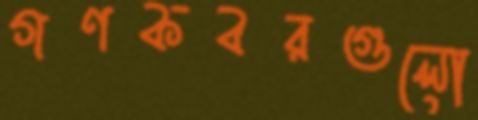
গণকবরগুলো